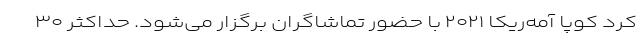
کرد کوپا آمه‌ریکا ۲۰۲۱ با حضور تماشاگران برگزار می‌شود. حداکثر ۳۰